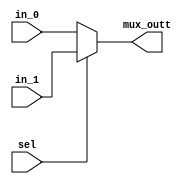
`timescale 1ns / 1ps
module mux_2x1_conditionaloper(
    input in_0,in_1,sel,
    output mux_outt
    );
    assign mux_outt= sel? in_1: in_0;
endmodule